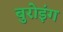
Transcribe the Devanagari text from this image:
बुरोइंग